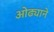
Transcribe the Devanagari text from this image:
ओढ्याने